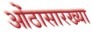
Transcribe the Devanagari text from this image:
ओंठासारख्या